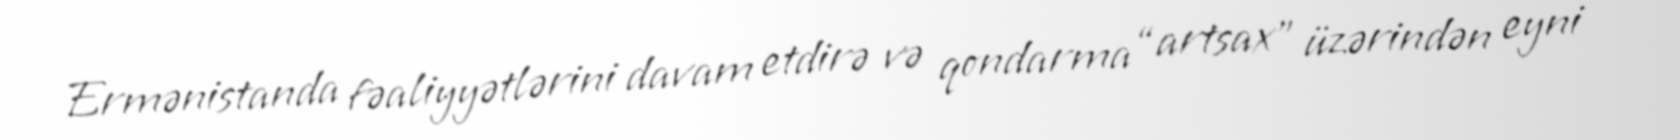
Ermənistanda fəaliyyətlərini davam etdirə və qondarma “artsax” üzərindən eyni